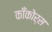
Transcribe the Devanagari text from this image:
काँकोर्स